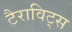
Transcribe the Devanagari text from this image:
टैराविट्स